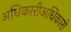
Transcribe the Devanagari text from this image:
अधिकारीअधिकारी